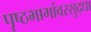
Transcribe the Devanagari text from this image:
पृष्ठभागांवरसुद्धा